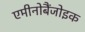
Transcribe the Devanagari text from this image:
एमीनोबैंजोइक